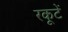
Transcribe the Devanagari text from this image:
रकूटें